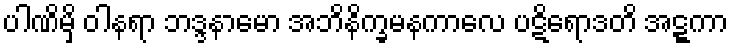
ပါဏိမှိ ဝါနရာ ဘဒ္ဒနာမော အဘိနိက္ခမနကာလေ ပဋိရောဒတိ အဋ္ဋကာ